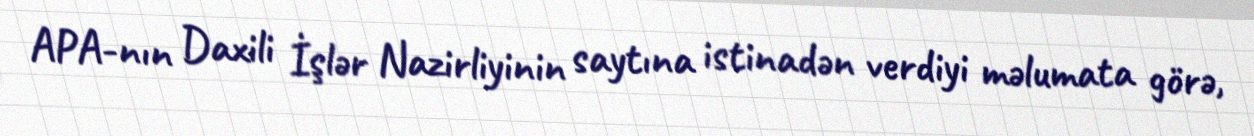
APA-nın Daxili İşlər Nazirliyinin saytına istinadən verdiyi məlumata görə,